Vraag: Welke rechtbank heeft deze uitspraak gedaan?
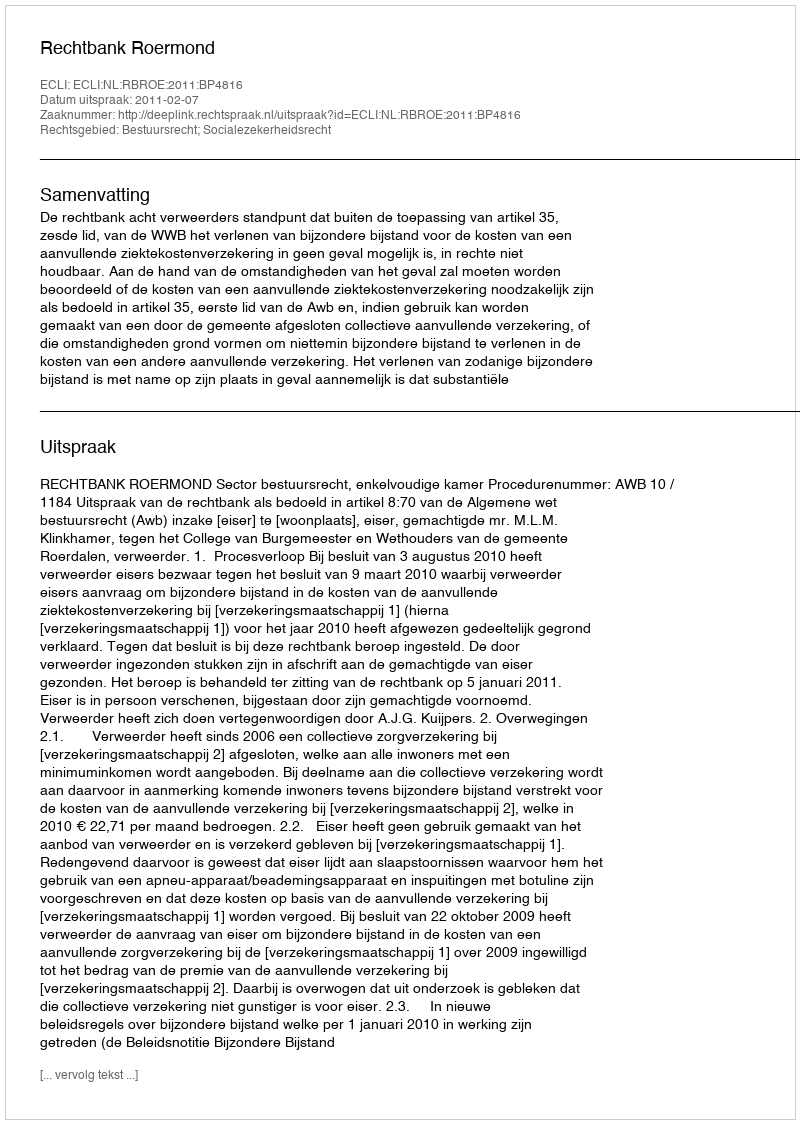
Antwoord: Rechtbank Roermond